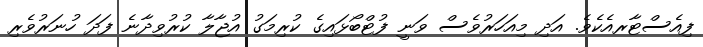
ފިއެސްޓާރއެކެވެ. އަދި މިއަހަރުވެސް ވަނީ ފުޓްބޯޅައިގެ ކުރިމަގު އުޖާލާ ކުރުވިދާނެ ފަދަ ހުނަރުވެރި